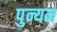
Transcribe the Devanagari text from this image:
पुन्यम